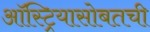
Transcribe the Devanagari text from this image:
ऑस्ट्रियासोबतची